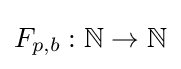
F_{p,b}:\mathbb {N} \rightarrow \mathbb {N}